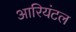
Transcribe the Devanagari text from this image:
आरियंटल